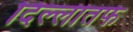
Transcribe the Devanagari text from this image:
दिल्लीतर्फे